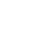
ဖြူး